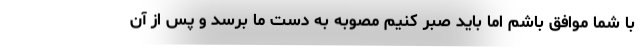
با شما موافق باشم اما باید صبر کنیم مصوبه به دست ما برسد و پس از آن